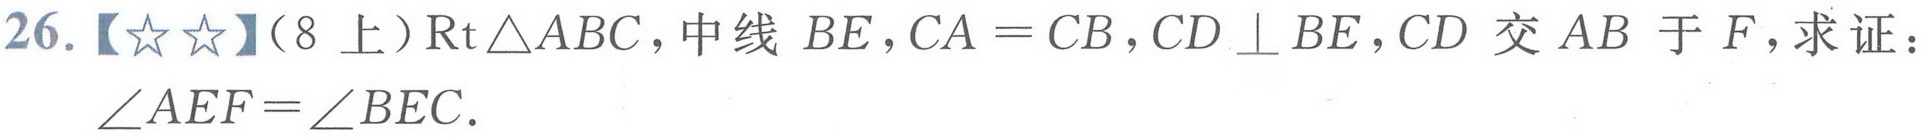
26.【☆☆】（8上）$\text{Rt}\triangle ABC$，中线$BE$，$CA = CB$，$CD\perp BE$，$CD$交$AB$于$F$，求证：$\angle AEF=\angle BEC$．